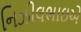
નિઝીલભાઇએ